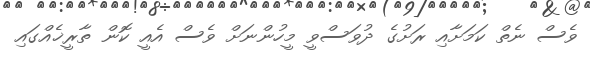
ވެސް ނެތް ކަމަށާއި ރަށުގެ ދުވަސްވީ މީހުންނަށް ވެސް އެއީ ކޮން ތާރީޚެއްގައި